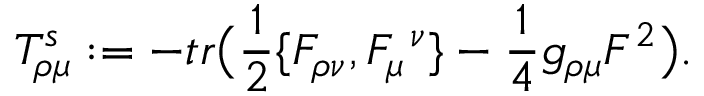
T _ { \rho \mu } ^ { s } : = - t r \big ( { \frac { 1 } { 2 } } \{ F _ { \rho \nu } , F _ { \mu } ^ { \ \nu } \} - { \frac { 1 } { 4 } } g _ { \rho \mu } F ^ { 2 } \big ) .